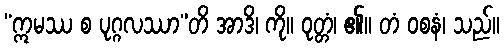
“ဣမဿ စ ပုဂ္ဂလဿာ”တိ အာဒိ၊ ကို။ ဝုတ္တံ၊ ၏။ တံ ဝစနံ၊ သည်။